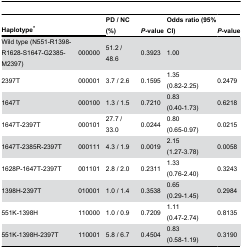
<table><thead><tr><td colspan="2"><b>Haplotype*</b></td><td><b>PD / NC (%)</b></td><td><b><i>P</i>-value</b></td><td><b>Odds ratio (95% CI)</b></td><td><b><i>P</i>-value</b></td></tr></thead><tbody><tr><td>Wild type (N551-R1398-R1628-S1647-G2385-M2397)</td><td>000000</td><td>51.2 / 48.6</td><td>0.3923</td><td>1.00</td><td></td></tr><tr><td>2397T</td><td>000001</td><td>3.7 / 2.6</td><td>0.1595</td><td>1.35 (0.82-2.25)</td><td>0.2479</td></tr><tr><td>1647T</td><td>000100</td><td>1.3 / 1.5</td><td>0.7210</td><td>0.83 (0.40-1.73)</td><td>0.6218</td></tr><tr><td>1647T-2397T</td><td>000101</td><td>27.7 / 33.0</td><td>0.0244</td><td>0.80 (0.65-0.97)</td><td>0.0215</td></tr><tr><td>1647T-2385R-2397T</td><td> 000111</td><td> 4.3 / 1.9</td><td> 0.0019</td><td> 2.15 (1.27-3.78)</td><td>0.0058</td></tr><tr><td>1628P-1647T-2397T</td><td>001101</td><td>2.8 / 2.0</td><td> 0.2311</td><td>1.33 (0.76-2.40)</td><td>0.3243</td></tr><tr><td>1398H-2397T</td><td>010001</td><td>1.0 / 1.4</td><td>0.3538</td><td>0.65 (0.29-1.45)</td><td>0.2984</td></tr><tr><td>551K-1398H</td><td> 110000</td><td> 1.0 / 0.9</td><td>0.7209</td><td>1.11 (0.47-2.74)</td><td>0.8135</td></tr><tr><td>551K-1398H-2397T</td><td>110001</td><td>5.8 / 6.7</td><td>0.4504</td><td>0.83 (0.58-1.19)</td><td>0.3190</td></tr></tbody></table>